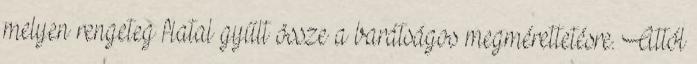
melyen rengeteg fiatal gyűlt össze a barátságos megmérettetésre. Attól